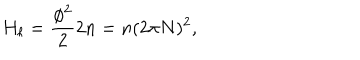
H _ { \ell } = \frac { \phi ^ { 2 } } { 2 } 2 n = n ( 2 \pi N ) ^ { 2 } ,